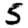
Digit: 5